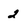
Character: 2